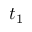
t _ { 1 }